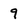
Character: 9